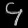
Digit: ၄